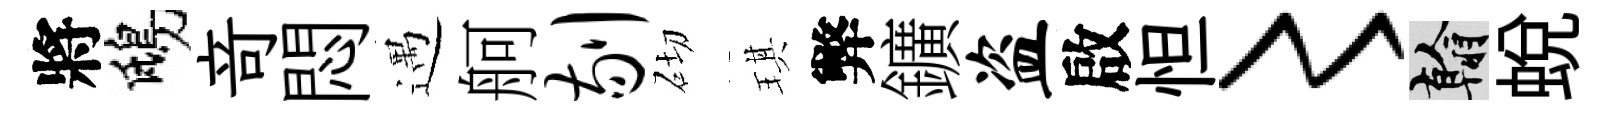
將鴟竒悶遇舸剔砌琪弊鑛盗啟怛〻翰蜕